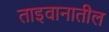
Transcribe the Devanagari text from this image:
ताइवानातील